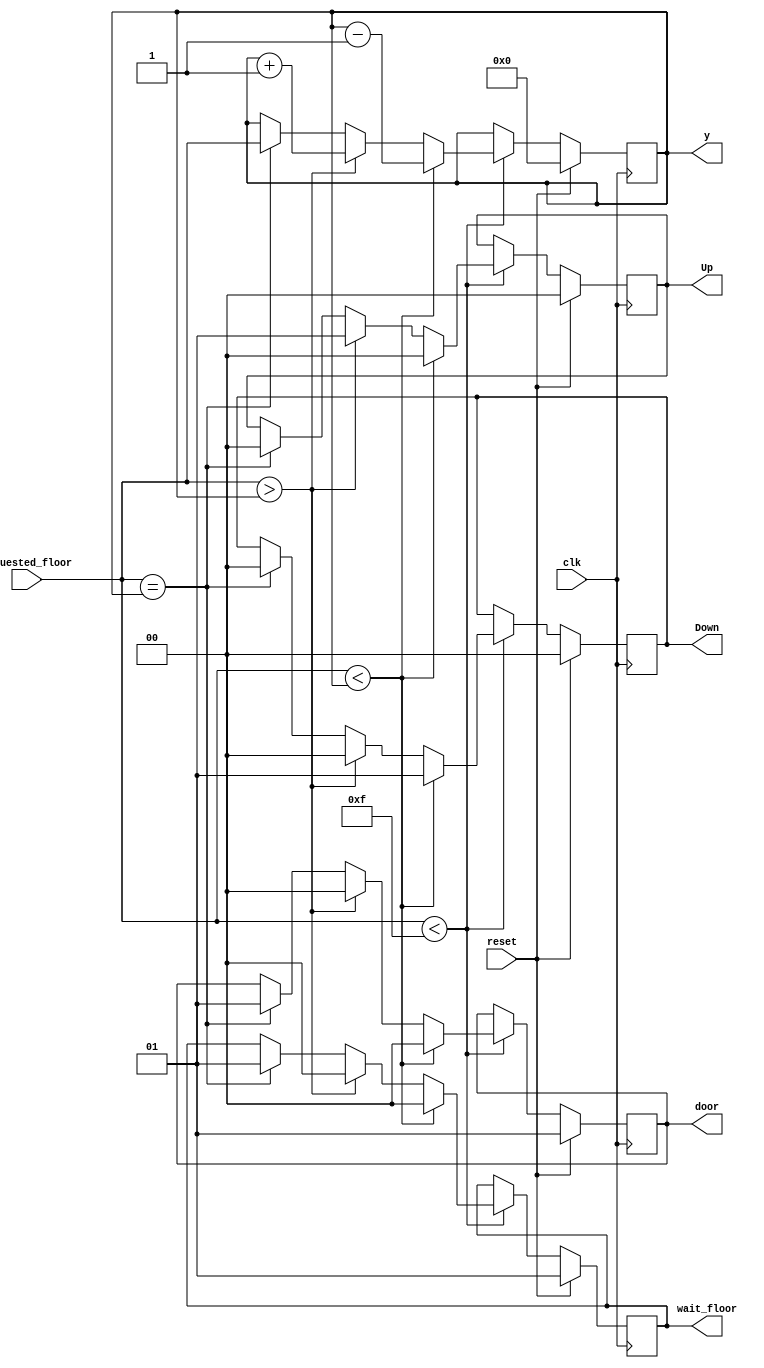
`timescale 1ns / 1ps
//////////////////////////////////////////////////////////////////////////////////
// Company: Self 
// 
// Design Name: Elevator Control System
// Module Name: Controller
// Project Name: Design of an FSM for an Elevator in Verilog HDL
// Target Devices: Simulation Only
// Tool Versions: Vivado 2019.1
// Description: 
// 
// Dependencies: 
// 
// Revision: 1
// Revision 0.01 - File Created
// Additional Comments: Licence is Open Source
// 
//////////////////////////////////////////////////////////////////////////////////


module Controller(clk,reset,requested_floor,wait_floor,door,Up,Down,y);

input clk,reset;
input [4:0] requested_floor;

output reg[1:0] door;
output reg[1:0] Up;
output reg[1:0] Down;
output reg[1:0] wait_floor;
output [4:0] y;

reg [4:0] current_floor ;

always @ (posedge clk)
    begin
        if(reset)
        begin
            current_floor=4'd0;
            wait_floor=4'd1;
            door = 1'd1;
            Up=1'd0;
            Down=1'd0;
        end
        else
        begin
            if(requested_floor < 4'd15)
            begin
                if(requested_floor < current_floor)
                begin
                    current_floor=current_floor-1;
                    door=1'd0;
                    wait_floor=4'd0;
                    Up=1'd0;
                    Down=1'd1;
                end
                else if (requested_floor > current_floor)
                begin
                    current_floor = current_floor+1;
                    door=1'd0;
                    wait_floor=4'd0;
                    Up=1'd1;
                    Down=1'd0;
                end
                else if(requested_floor == current_floor)
                begin
                    current_floor = requested_floor;
                    door=1'd1;
                    wait_floor=4'd1;
                    Up=1'd0;
                    Down=1'd0;
                end
            end
        end
    end
    
assign y = current_floor;

endmodule